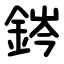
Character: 䤫